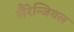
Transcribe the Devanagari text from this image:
लैरेन्जियल